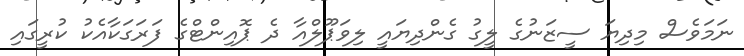
ނަމަވެސް މިދިޔަ ސީޒަނުގެ ލީގު ގެންދިޔައީ ލިވަޕޫލްއާ ދެ ޕޮއިންޓްގެ ފަރަގަކާއެކު ކުރީގައި